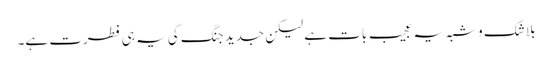
بلا شک و شبہ یہ عجیب بات ہے لیکن جدید جنگ کی یہ ہی فطرت ہے۔